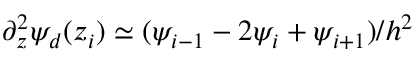
\partial _ { z } ^ { 2 } \psi _ { d } ( z _ { i } ) \simeq ( \psi _ { i - 1 } - 2 \psi _ { i } + \psi _ { i + 1 } ) / h ^ { 2 }